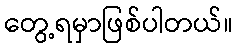
တွေ့ရမှာဖြစ်ပါတယ်။